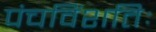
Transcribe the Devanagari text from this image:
पंचविंशतिः